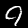
Label: 9